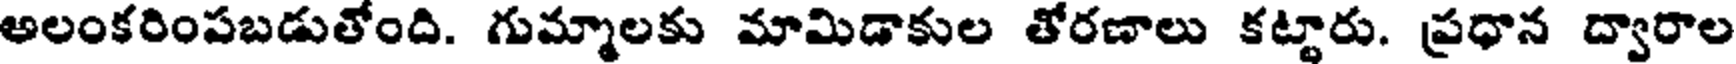
అలంకరింపబడుతోంది. గుమ్మాలకు మామిడాకుల తోరణాలు కట్టారు. ప్రధాన ద్వారాల